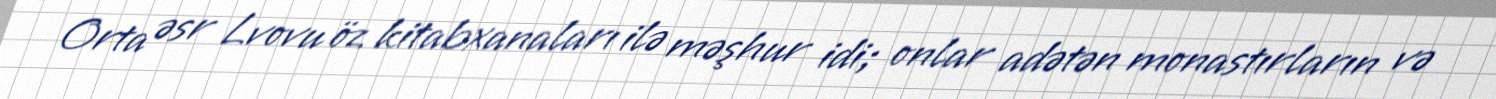
Orta əsr Lvovu öz kitabxanaları ilə məşhur idi; onlar adətən monastırların və